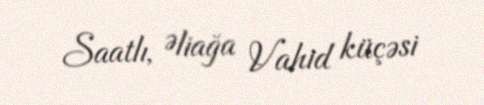
Saatlı, Əliağa Vahid küçəsi